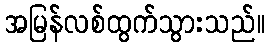
အမြန်လစ်ထွက်သွားသည်။